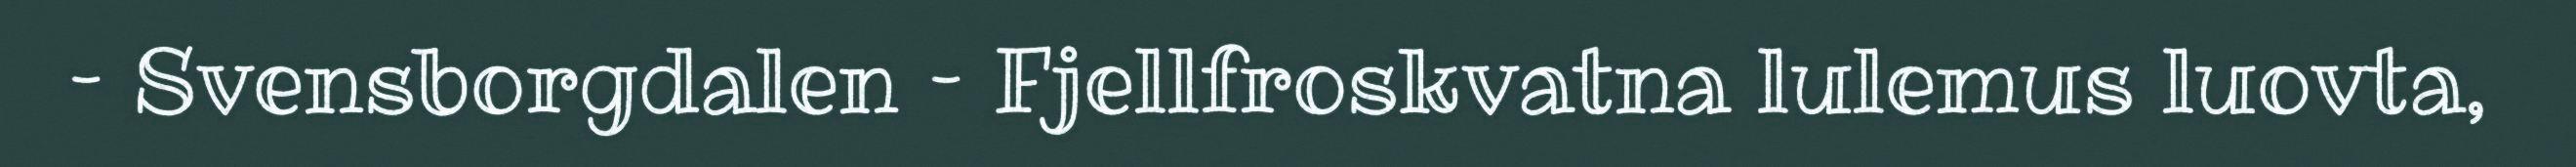
– Svensborgdalen – Fjellfroskvatna lulemus luovta,